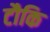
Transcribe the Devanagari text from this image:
टौकि